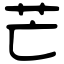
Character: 芒